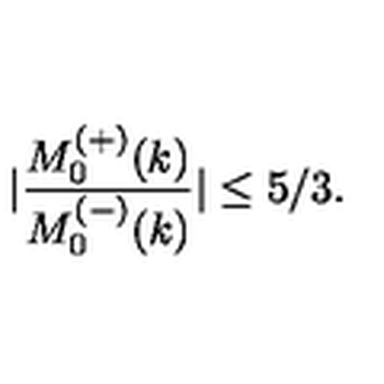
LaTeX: | \frac { M _ { 0 } ^ { ( + ) } ( k ) } { M _ { 0 } ^ { ( - ) } ( k ) } | \leq 5 / 3 .